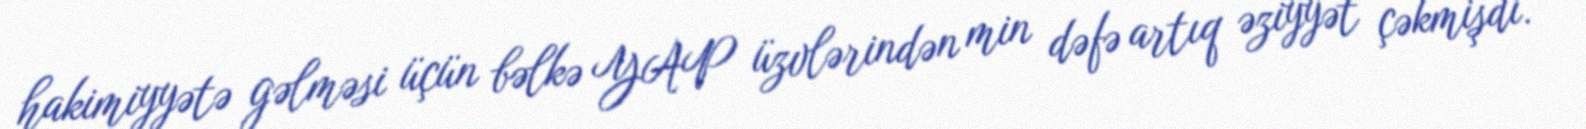
hakimiyyətə gəlməsi üçün bəlkə YAP üzvlərindən min dəfə artıq əziyyət çəkmişdi.